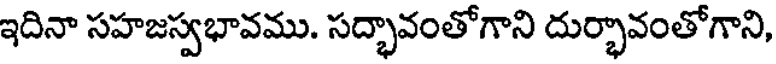
ఇదినా సహజస్వభావము. సద్భావంతోగాని దుర్భావంతోగాని,